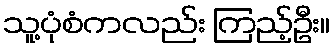
သူ့ပုံစံကလည်း ကြည့်ဦး။